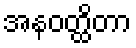
အနဝတ္ထိတာ